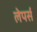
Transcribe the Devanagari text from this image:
लेपर्स